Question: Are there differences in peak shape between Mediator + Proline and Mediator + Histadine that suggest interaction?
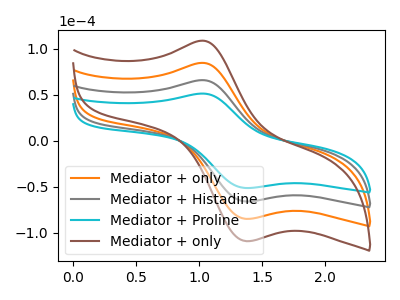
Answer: <think>The orange curve "Mediator + only" has an anodic peak at (1.00V, 131.65uA) and a cathodic peak at (1.35V, -132.35uA). The gray curve "Mediator + Histadine" has an anodic peak at (1.00V, 65.85uA) and a cathodic peak at (1.35V, -66.15uA). The cyan curve "Mediator + Proline" has an anodic peak at (1.00V, 51.25uA) and a cathodic peak at (1.35V, -51.50uA). The brown curve "Mediator + only" has an anodic peak at (1.00V, 197.50uA) and a cathodic peak at (1.35V, -198.50uA).
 All the peaks in "Mediator + Proline" have a peak in "Mediator + Histadine" at the same potential. Every peak in "Mediator + Proline" is lower than every peak in "Mediator + Histadine".</think>
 <answer>No, "Mediator + Proline" and "Mediator + Histadine" don't appear to be significantly different in shape</answer>
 <eval>no_change</eval>